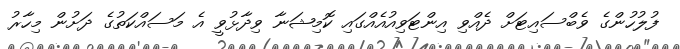
ފުލުުހުންގެ ވެބްސައިޓަށް ދެއްވި އިންޓަވިއުއެއްގައި ކޮމިޝަނާ ވިދާޅުވީ އެ މަސައްކަތުގެ ދަށުން މިހާރު